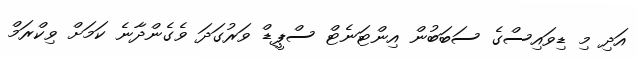
އަދި މި ޑިވައިސްގެ ސަބަބުން އިންޓަނެޓް ސްޕީޑް ވަރުގަދަ ވެގެންދާނެ ކަމަށް ވިކްރަމް